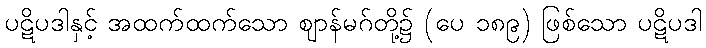
ပဋိပဒါနှင့် အထက်ထက်သော ဈာန်မဂ်တို့၌ (ပေ ၁၈၉) ဖြစ်သော ပဋိပဒါ